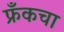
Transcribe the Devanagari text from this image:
फ्रँकचा